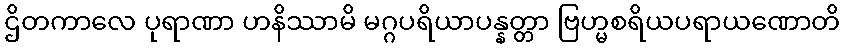
ဌိတကာလေ ပုရာဏာ ဟနိဿာမိ မဂ္ဂပရိယာပန္နတ္တာ ဗြဟ္မစရိယပရာယဏောတိ